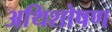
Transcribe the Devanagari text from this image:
अथिशोषण